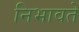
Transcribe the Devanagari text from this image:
निभावते